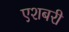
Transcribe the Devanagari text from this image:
एशबरी